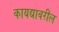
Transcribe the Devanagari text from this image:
कायद्यावरील